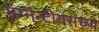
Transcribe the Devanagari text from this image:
मॅग्नॅन्टीयसच्या